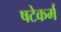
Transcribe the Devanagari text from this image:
षटेकर्म